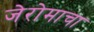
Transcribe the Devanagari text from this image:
जेरोमाचा